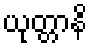
ယုတ္တာနိ